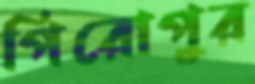
পিরোপুর